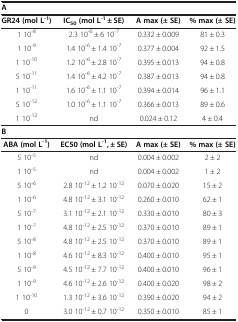
<table><thead><tr><td colspan="4"><b>A</b></td></tr><tr><td><b>GR24 (mol L<sup>-1</sup>)</b></td><td><b>IC<sub>50 </sub>(mol L<sup>-1</sup> ± SE)</b></td><td><b>A max (± SE)</b></td><td><b>% max (± SE)</b></td></tr></thead><tbody><tr><td>1 10<sup>-8</sup></td><td>2.3 10<sup>-6</sup> ± 6 10<sup>-7</sup></td><td>0.332 ± 0.009</td><td>81 ± 0.3</td></tr><tr><td>1 10<sup>-9</sup></td><td>1.4 10<sup>-6</sup> ± 1.4 10<sup>-7</sup></td><td>0.377 ± 0.004</td><td>92 ± 1.5</td></tr><tr><td>1 10<sup>-10</sup></td><td>1.2 10<sup>-6</sup> ± 2.8 10<sup>-7</sup></td><td>0.395 ± 0.013</td><td>94 ± 0.8</td></tr><tr><td>5 10<sup>-11</sup></td><td>1.4 10<sup>-6</sup> ± 4.2 10<sup>-7</sup></td><td>0.387 ± 0.013</td><td>94 ± 0.8</td></tr><tr><td>1 10<sup>-11</sup></td><td>1.6 10<sup>-6</sup> ± 1.1 10<sup>-7</sup></td><td>0.394 ± 0.014</td><td>96 ± 1.1</td></tr><tr><td>5 10<sup>-12</sup></td><td>1.0 10<sup>-6</sup> ± 1.1 10<sup>-7</sup></td><td>0.366 ± 0.013</td><td>89 ± 0.6</td></tr><tr><td>1 10<sup>-12</sup></td><td>nd</td><td>0.024 ± 0.12</td><td>4 ± 0.4</td></tr><tr><td colspan="4"><b>B</b></td></tr><tr><td><b>ABA (mol L</b><sup><b>-1</b></sup><b>)</b></td><td><b>EC</b><b>50 </b><b>(mol L</b><sup><b>-1</b></sup><b>,</b> <b>± SE)</b></td><td><b>A max (± SE)</b></td><td><b>% max (± SE)</b></td></tr><tr><td>5 10<sup>-5</sup></td><td>nd</td><td>0.004 ± 0.002</td><td>2 ± 2</td></tr><tr><td>1 10<sup>-5</sup></td><td>nd</td><td>0.004 ± 0.002</td><td>1 ± 2</td></tr><tr><td>5 10<sup>-6</sup></td><td>2.8 10<sup>-12</sup> ± 1.2 10<sup>-12</sup></td><td>0.070 ± 0.020</td><td>15 ± 2</td></tr><tr><td>1 10<sup>-6</sup></td><td>4.8 10<sup>-12</sup> ± 3.1 10<sup>-12</sup></td><td>0.260 ± 0.010</td><td>62 ± 1</td></tr><tr><td>5 10<sup>-7</sup></td><td>3.1 10<sup>-12</sup> ± 2.1 10<sup>-12</sup></td><td>0.330 ± 0.010</td><td>80 ± 3</td></tr><tr><td>1 10<sup>-7</sup></td><td>4.8 10<sup>-12</sup> ± 2.5 10<sup>-12</sup></td><td>0.370 ± 0.010</td><td>89 ± 1</td></tr><tr><td>5 10<sup>-8</sup></td><td>4.8 10<sup>-12</sup> ± 2.5 10<sup>-12</sup></td><td>0.370 ± 0.010</td><td>89 ± 1</td></tr><tr><td>1 10<sup>-8</sup></td><td>4.6 10<sup>-12</sup> ± 8.3 10<sup>-12</sup></td><td>0.400 ± 0.010</td><td>95 ± 1</td></tr><tr><td>5 10<sup>-9</sup></td><td>4.5 10<sup>-12</sup> ± 7.7 10<sup>-12</sup></td><td>0.400 ± 0.010</td><td>96 ± 1</td></tr><tr><td>1 10<sup>-9</sup></td><td>4.6 10<sup>-12</sup> ± 2.6 10<sup>-12</sup></td><td>0.400 ± 0.020</td><td>98 ± 2</td></tr><tr><td>1 10<sup>-10</sup></td><td>1.3 10<sup>-12</sup> ± 3.6 10<sup>-12</sup></td><td>0.390 ± 0.020</td><td>94 ± 2</td></tr><tr><td>0</td><td>3.0 10<sup>-12</sup> ± 0.7 10<sup>-12</sup></td><td>0.350 ± 0.010</td><td>85 ± 1</td></tr></tbody></table>